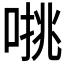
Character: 𰈁